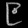
Digit: ၉